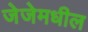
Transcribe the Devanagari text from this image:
जेजेमधील